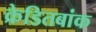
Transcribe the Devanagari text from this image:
क्रेडितबांक